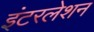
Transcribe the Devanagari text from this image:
इंटरलेशन